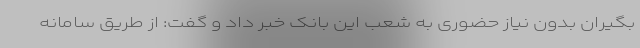
بگیران بدون نیاز حضوری به شعب این بانک خبر داد و گفت: از طریق سامانه